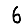
Digit: 6